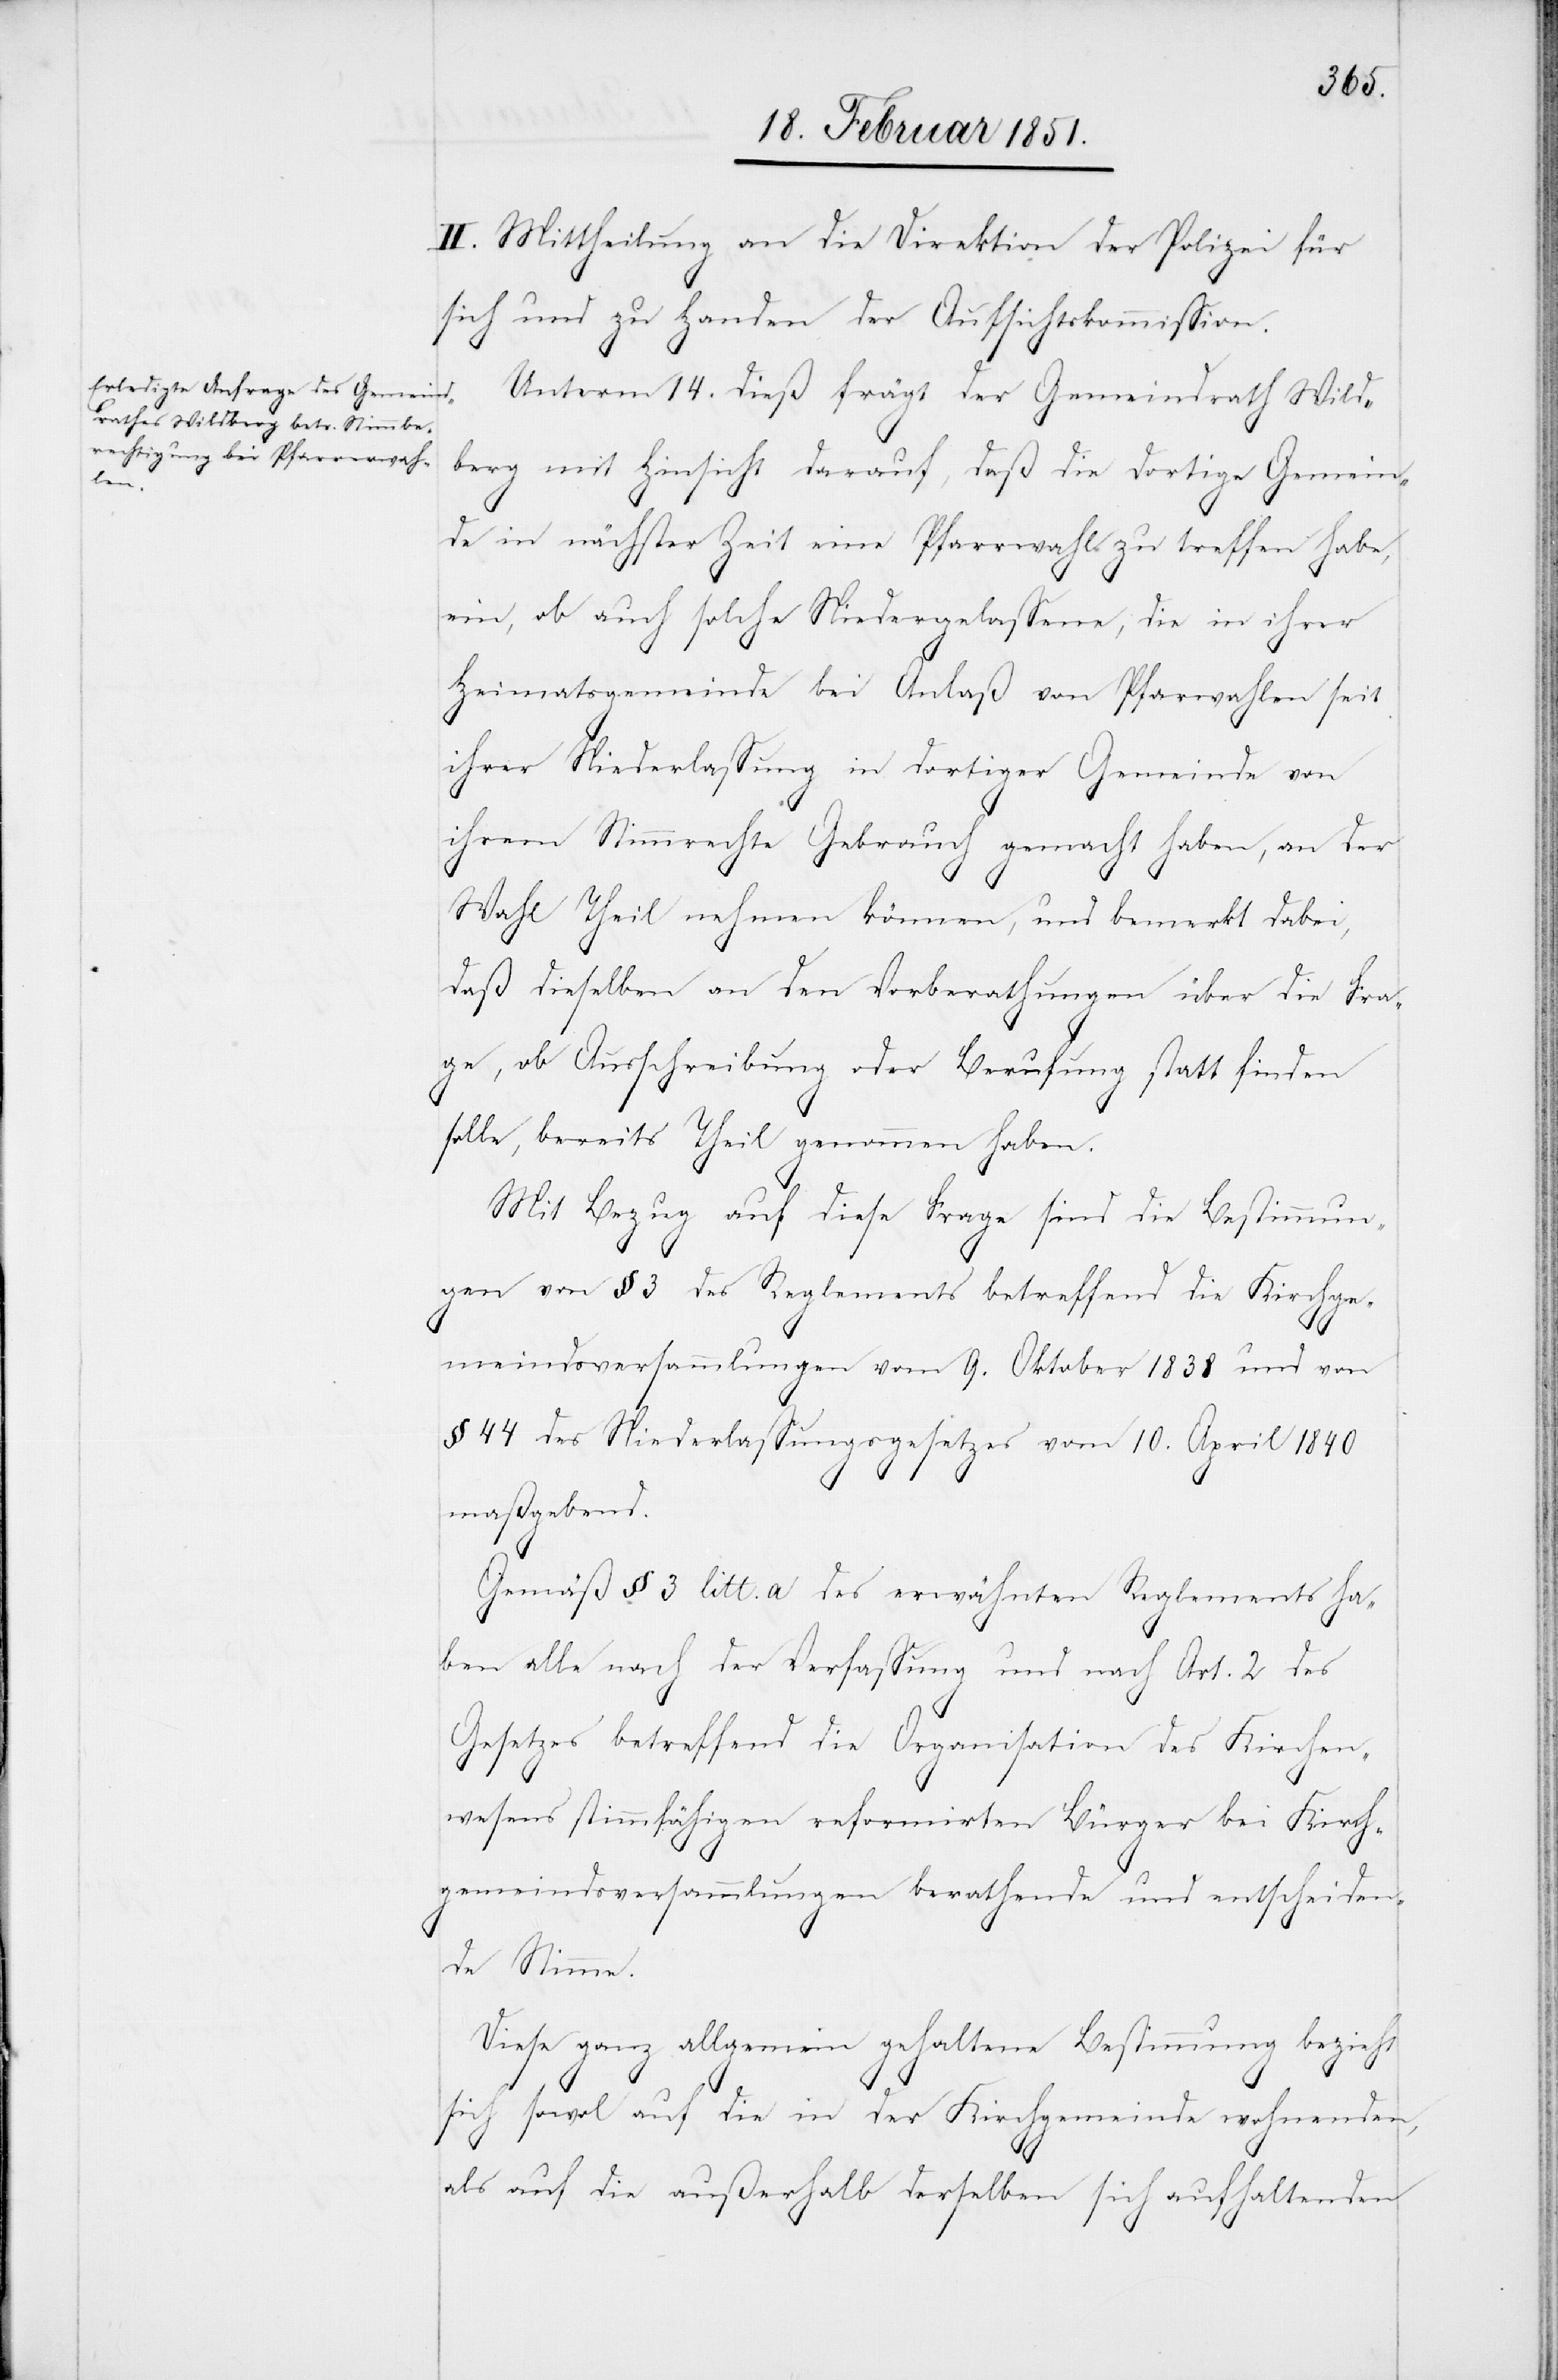
II. Mittheilung an die Direktion der Polizei für
sich und zu Handen der Aufsichtskommission.
Unterm 14. dieß frägt der Gemeindrath Wild¬
berg mit Hinsicht darauf, daß die dortige Gemein¬
de in nächster Zeit eine Pfarrwahl zu treffen habe,
ein, ob auch solche Niedergelassene, die in ihrer
Heimatsgemeinde bei Anlaß von Pfar[r]wahlen seit
ihrer Niederlassung in dortiger Gemeinde von
ihrem Stimmrechte Gebrauch gemacht haben, an der
Wahl Theil nehmen können, und bemerkt dabei,
daß dieselben an den Vorberathungen über die Fra¬
ge, ob Ausschreibung oder Berufung statt finden
solle, bereits Theil genommen haben.
Mit Bezug auf diese Frage sind die Bestimmun¬
gen von § 3 des Reglements betreffend die Kirchge¬
meindsversammlungen vom 9. Oktober 1838 und von
§ 44 des Niederlassungsgesetzes vom 10. April 1840
maßgebend.
Gemäß § 3 litt. a des erwähnten Reglements ha¬
ben alle nach der Verfassung und nach Art. 2 des
Gesetzes betreffend die Organisation des Kirchen¬
wesens stimmfähigen reformirten Bürger bei Kirch¬
gemeindsversammlungen berathende und entscheiden¬
de Stimme.
Diese ganz allgemein gehaltene Bestimmung bezieht
sich sowo[h]l auf die in der Kirchgemeinde wohnenden,
als auf die außerhalb derselben sich aufhaltenden